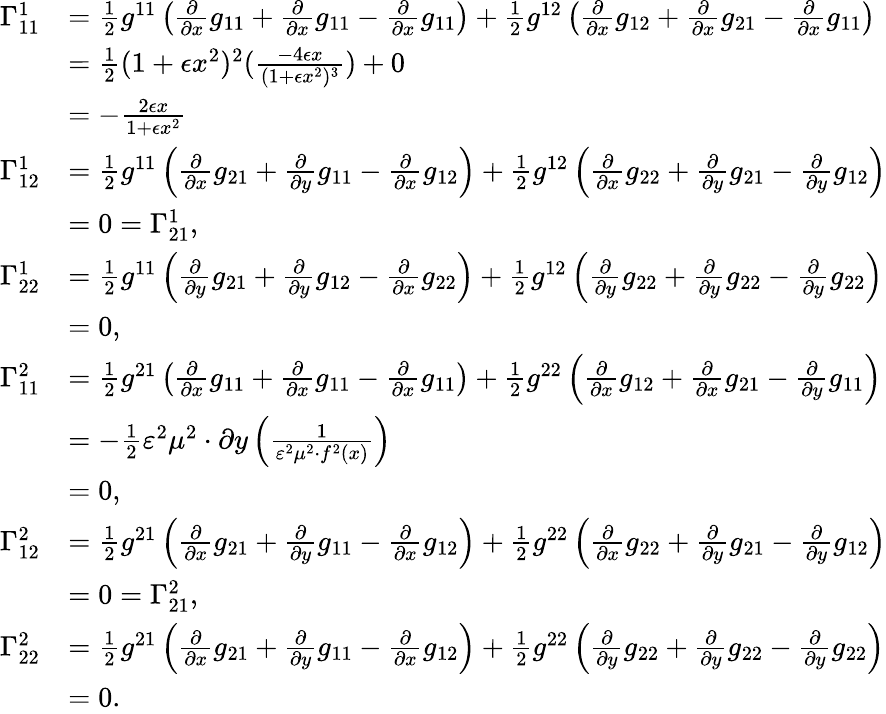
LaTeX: \begin{array}{rl}{\Gamma_{11}^{1}}&{=\frac{1}{2}g^{11}\left(\frac{\partial}{\partial{x}}g_{11}+\frac{\partial}{\partial{x}}g_{11}-\frac{\partial}{\partial{x}}g_{11}\right)+\frac{1}{2}g^{12}\left(\frac{\partial}{\partial{x}}g_{12}+\frac{\partial}{\partial{x}}g_{21}-\frac{\partial}{\partial{x}}g_{11}\right)}\\ &{=\frac{1}{2}(1+\epsilon x^{2})^{2}(\frac{-4\epsilon x}{(1+\epsilon x^{2})^{3}})+0}\\ &{=-\frac{2\epsilon x}{1+\epsilon x^{2}}}\\ {\Gamma_{12}^{1}}&{=\frac{1}{2}g^{11}\left(\frac{\partial}{\partial{x}}g_{21}+\frac{\partial}{\partial{y}}g_{11}-\frac{\partial}{\partial{x}}g_{12}\right)+\frac{1}{2}g^{12}\left(\frac{\partial}{\partial{x}}g_{22}+\frac{\partial}{\partial{y}}g_{21}-\frac{\partial}{\partial{y}}g_{12}\right)}\\ &{=0=\Gamma_{21}^{1},}\\ {\Gamma_{22}^{1}}&{=\frac{1}{2}g^{11}\left(\frac{\partial}{\partial{y}}g_{21}+\frac{\partial}{\partial{y}}g_{12}-\frac{\partial}{\partial{x}}g_{22}\right)+\frac{1}{2}g^{12}\left(\frac{\partial}{\partial{y}}g_{22}+\frac{\partial}{\partial{y}}g_{22}-\frac{\partial}{\partial{y}}g_{22}\right)}\\ &{=0,}\\ {\Gamma_{11}^{2}}&{=\frac{1}{2}g^{21}\left(\frac{\partial}{\partial{x}}g_{11}+\frac{\partial}{\partial{x}}g_{11}-\frac{\partial}{\partial{x}}g_{11}\right)+\frac{1}{2}g^{22}\left(\frac{\partial}{\partial{x}}g_{12}+\frac{\partial}{\partial{x}}g_{21}-\frac{\partial}{\partial{y}}g_{11}\right)}\\ &{=-\frac{1}{2}\varepsilon^{2}\mu^{2}\cdot\partial{y}\left(\frac{1}{\varepsilon^{2}\mu^{2}\cdot f^{2}(x)}\right)}\\ &{=0,}\\ {\Gamma_{12}^{2}}&{=\frac{1}{2}g^{21}\left(\frac{\partial}{\partial{x}}g_{21}+\frac{\partial}{\partial{y}}g_{11}-\frac{\partial}{\partial{x}}g_{12}\right)+\frac{1}{2}g^{22}\left(\frac{\partial}{\partial{x}}g_{22}+\frac{\partial}{\partial{y}}g_{21}-\frac{\partial}{\partial{y}}g_{12}\right)}\\ &{=0=\Gamma_{21}^{2},}\\ {\Gamma_{22}^{2}}&{=\frac{1}{2}g^{21}\left(\frac{\partial}{\partial{x}}g_{21}+\frac{\partial}{\partial{y}}g_{11}-\frac{\partial}{\partial{x}}g_{12}\right)+\frac{1}{2}g^{22}\left(\frac{\partial}{\partial{y}}g_{22}+\frac{\partial}{\partial{y}}g_{22}-\frac{\partial}{\partial{y}}g_{22}\right)}\\ &{=0.}\end{array}